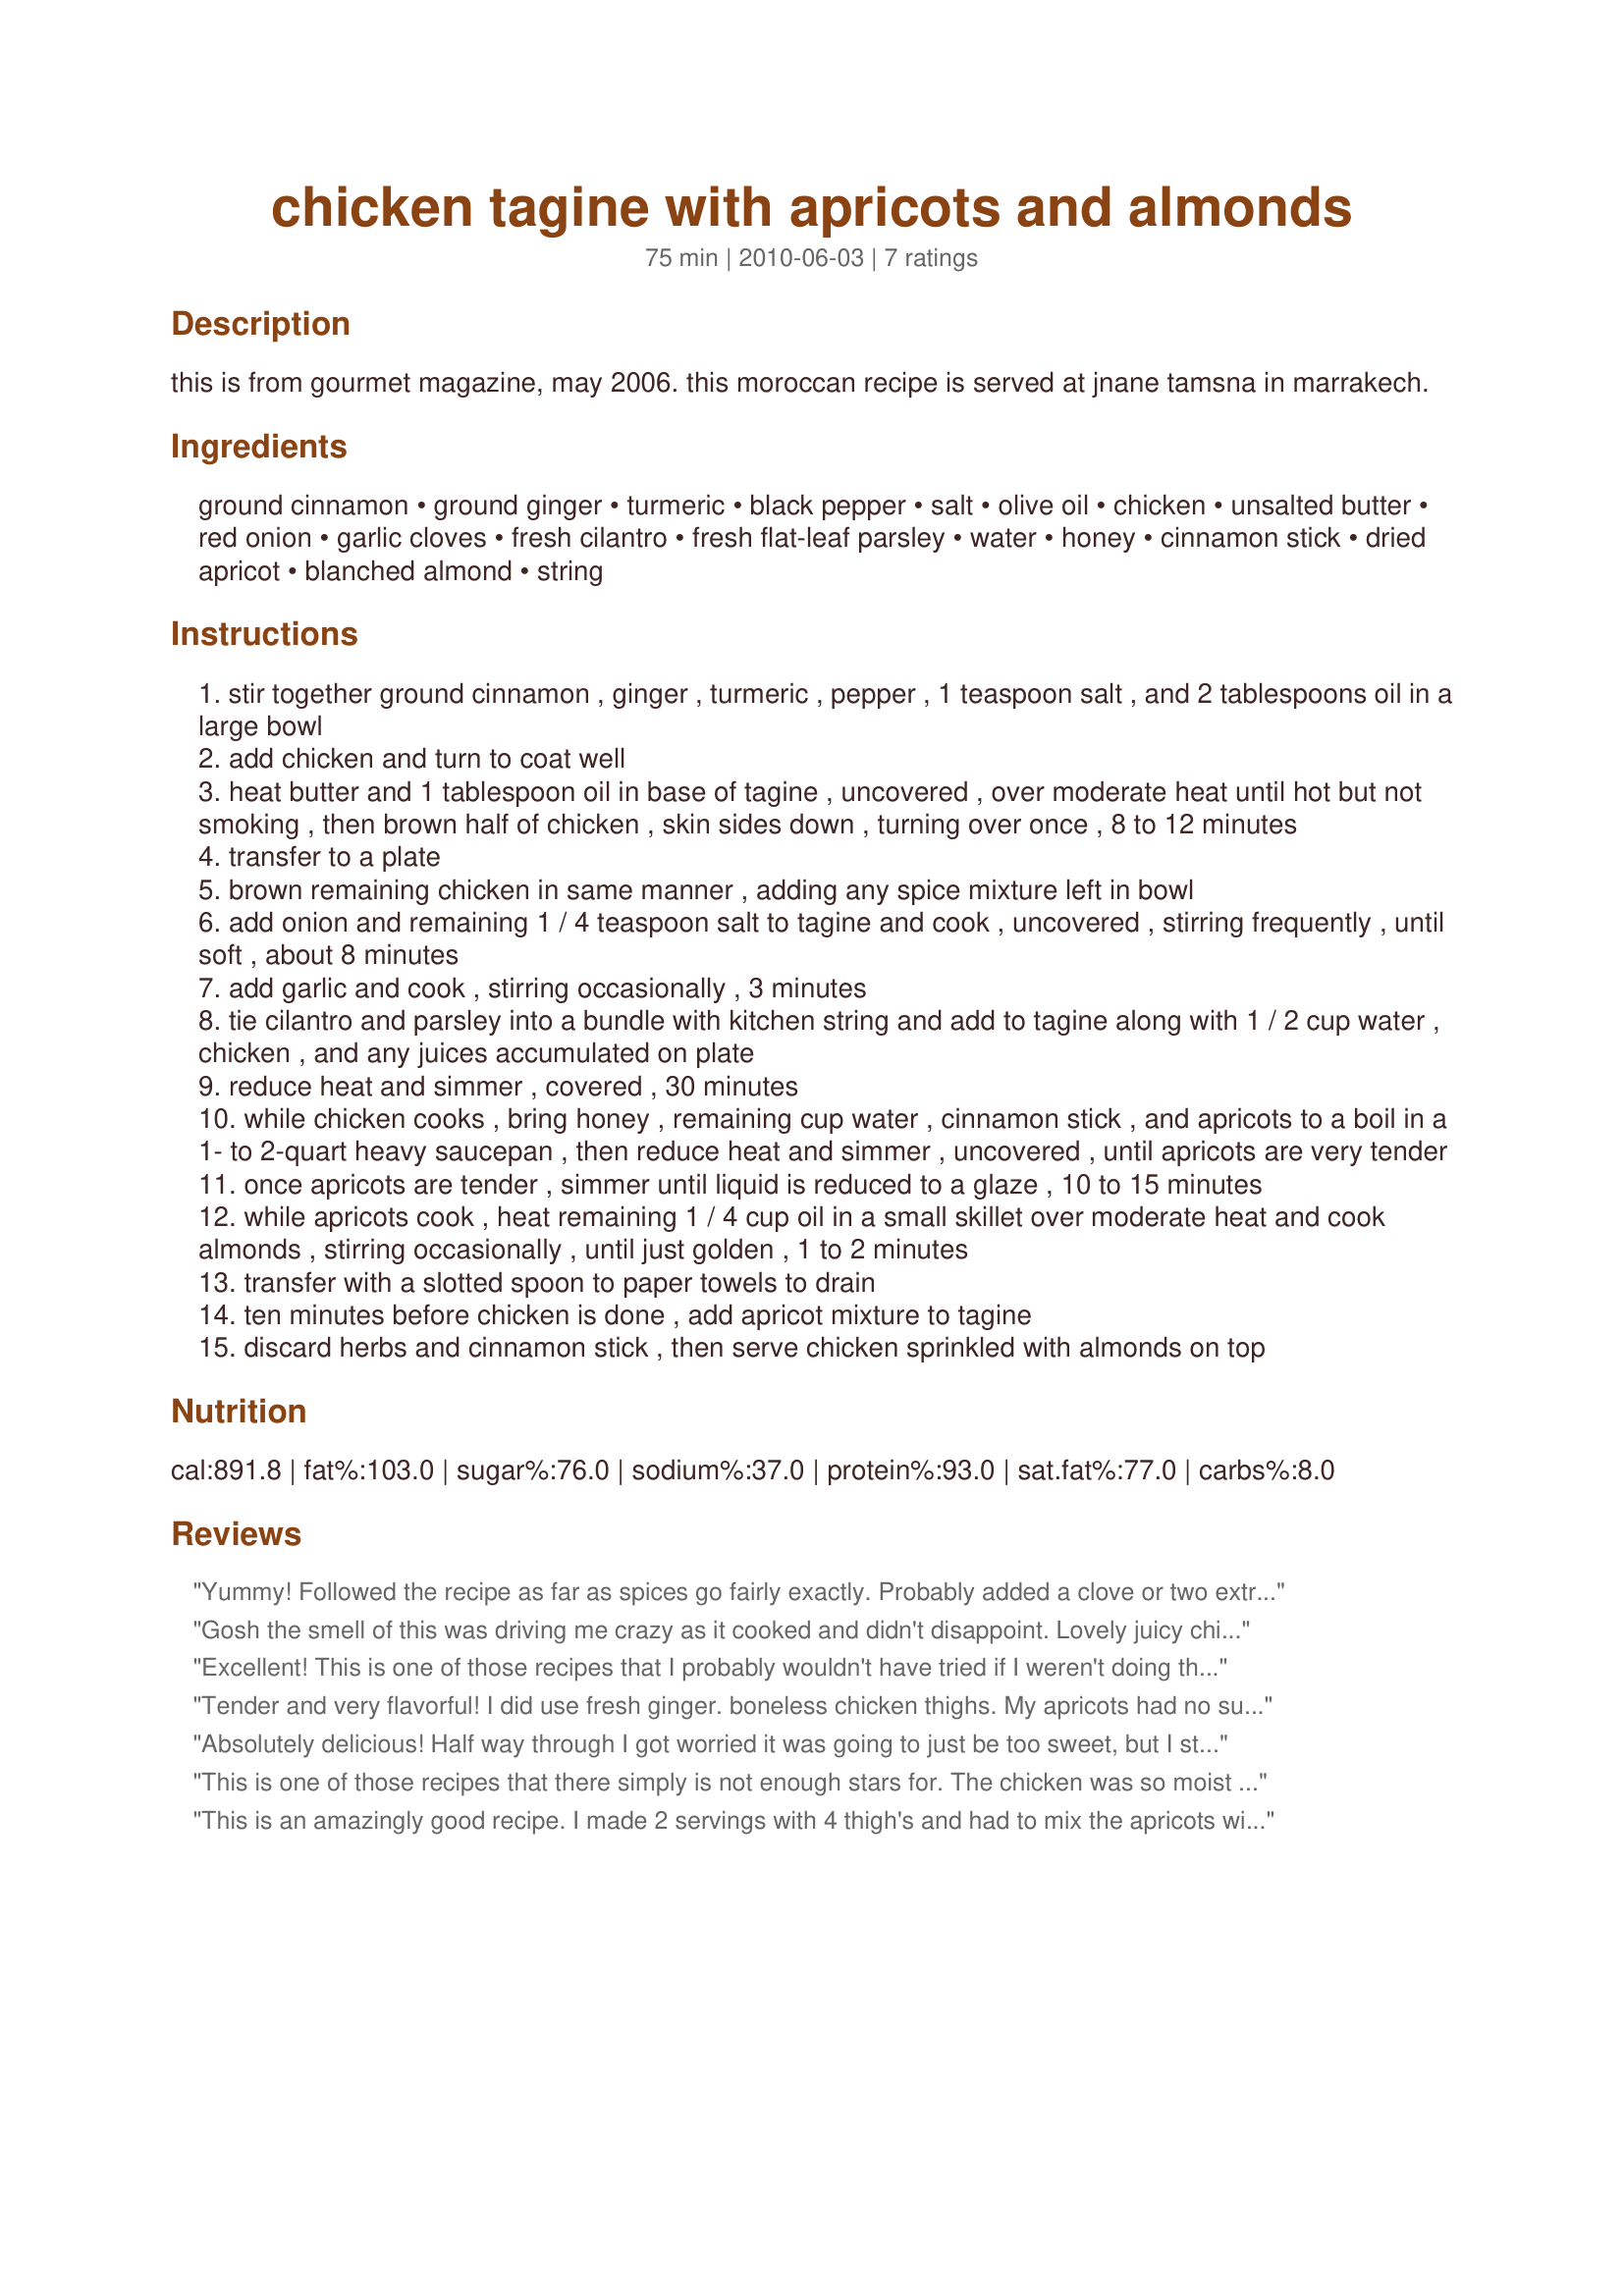
chicken tagine with apricots and almonds
Preparation time: 75 minutes

this is from gourmet magazine, may 2006. this moroccan recipe is served at jnane tamsna in marrakech.

Ingredients:
ground cinnamon, ground ginger, turmeric, black pepper, salt, olive oil, chicken, unsalted butter, red onion, garlic cloves, fresh cilantro, fresh flat-leaf parsley, water, honey, cinnamon stick, dried apricot, blanched almond, string

Steps:
stir together ground cinnamon , ginger , turmeric , pepper , 1 teaspoon salt , and 2 tablespoons oil in a large bowl
add chicken and turn to coat well
heat butter and 1 tablespoon oil in base of tagine , uncovered , over moderate heat until hot but not smoking , then brown half of chicken , skin sides down , turning over once , 8 to 12 minutes
transfer to a plate
brown remaining chicken in same manner , adding any spice mixture left in bowl
add onion and remaining 1 / 4 teaspoon salt to tagine and cook , uncovered , stirring frequently , until soft , about 8 minutes
add garlic and cook , stirring occasionally , 3 minutes
tie cilantro and parsley into a bundle with kitchen string and add to tagine along with 1 / 2 cup water , chicken , and any juices accumulated on plate
reduce heat and simmer , covered , 30 minutes
while chicken cooks , bring honey , remaining cup water , cinnamon stick , and apricots to a boil in a 1- to 2-quart heavy saucepan , then reduce heat and simmer , uncovered , until apricots are very tender
once apricots are tender , simmer until liquid is reduced to a glaze , 10 to 15 minutes
while apricots cook , heat remaining 1 / 4 cup oil in a small skillet over moderate heat and cook almonds , stirring occasionally , until just golden , 1 to 2 minutes
transfer with a slotted spoon to paper towels to drain
ten minutes before chicken is done , add apricot mixture to tagine
discard herbs and cinnamon stick , then serve chicken sprinkled with almonds on top

Reviews:
Yummy! Followed the recipe as far as spices go fairly exactly. Probably added a clove or two extra of garlic to the mix. I have a Le Creuset tagine with a glazed interior top so I only used a cup of water rather than the 1.5 cup called for in the recipe. I just added everything together in the tagine after browning the chicken and onions. In my opinion, the recipe called out for a sour/bitter note to offset the sweetness so I added a sliced lemon to the top. Placed the whole kit and kaboodle into the oven set at 325 degrees, baked it for 30 mins with the lid on and then took the lid off for another 30 mins. Served it with an herbed couscous and a Mediterranean inspired cucumber, tomato and onion salad. Fabulous! Will most definitely make this again.
Gosh the smell of this was driving me crazy as it cooked and didn't disappoint. Lovely juicy chicken with a hint of spice and sweetness. I served over a simple couscous which I cooked with chicken stocked infused with some safron. For 3 of us I used 3 thighes and 3 drumsticks (though the DM only ate her thigh) and cooked up 1 cup of couscous (with the DS getting half of it and the DM and I shared the other half which was plenty for us). Also I dry roasted the almonds but only used just over half of them between the 3 of us so would cut the quantity of those back to about a 1/3 of a cup. I kept all other quantities as per recipe and cooked as per (with the exception of the almonds as mentioned) and the result was flavoursome tender chicken. Thank you breezermom, made for Potluck Tag and taken to Any Type of Meat Lovers Party.
Excellent! This is one of those recipes that I probably wouldn't have tried if I weren't doing the Zaar World Tour. Boy, am I ever glad I gave this a whirl. The flavoring on this chicken is amazing!!! I loved the apricots (not normally a huge fan) and the almonds. Every component of this recipe came together to make some of the best tasting chicken I've ever had. Thank you! ~Made for ZWT6 Zee Zany Zesty Cookz~
* This is going into my Best of the Best 2010 Cookbook*
Tender and very flavorful! I did use fresh ginger. boneless chicken thighs. My apricots had no sulfates so they were darker in color. I did cut all the butter and oil in half. Delish! Thanks for posting this recipe. Made for ZWT 6
Absolutely delicious! Half way through I got worried it was going to just be too sweet, but I stuck to the recipe and it ended up just perfect - the sauce is just out of this world. I highly recommend this recipe!
This is one of those recipes that there simply is not enough stars for. The chicken was so moist and spiced just right- it kind of just warmed your mouth with a slight sweet background note. Next time I'll double the apricots because they were better than candy. The sauce went really well with rice. Wonderful! Made for ZWT 6 by a fellow Unruly.
This is an amazingly good recipe. I made 2 servings with 4 thigh's and had to mix the apricots with figs as I was shorter on apricots than I had thought (added the figs close to the end of cooking time) and used raw almond slices out of personal preference. It all came together beautifully and was excellent with whole wheat couscous and a side salad. Most certainly a keeper! North African is my favorite cuisine and this recipe is a perfect example of why that is. :D
